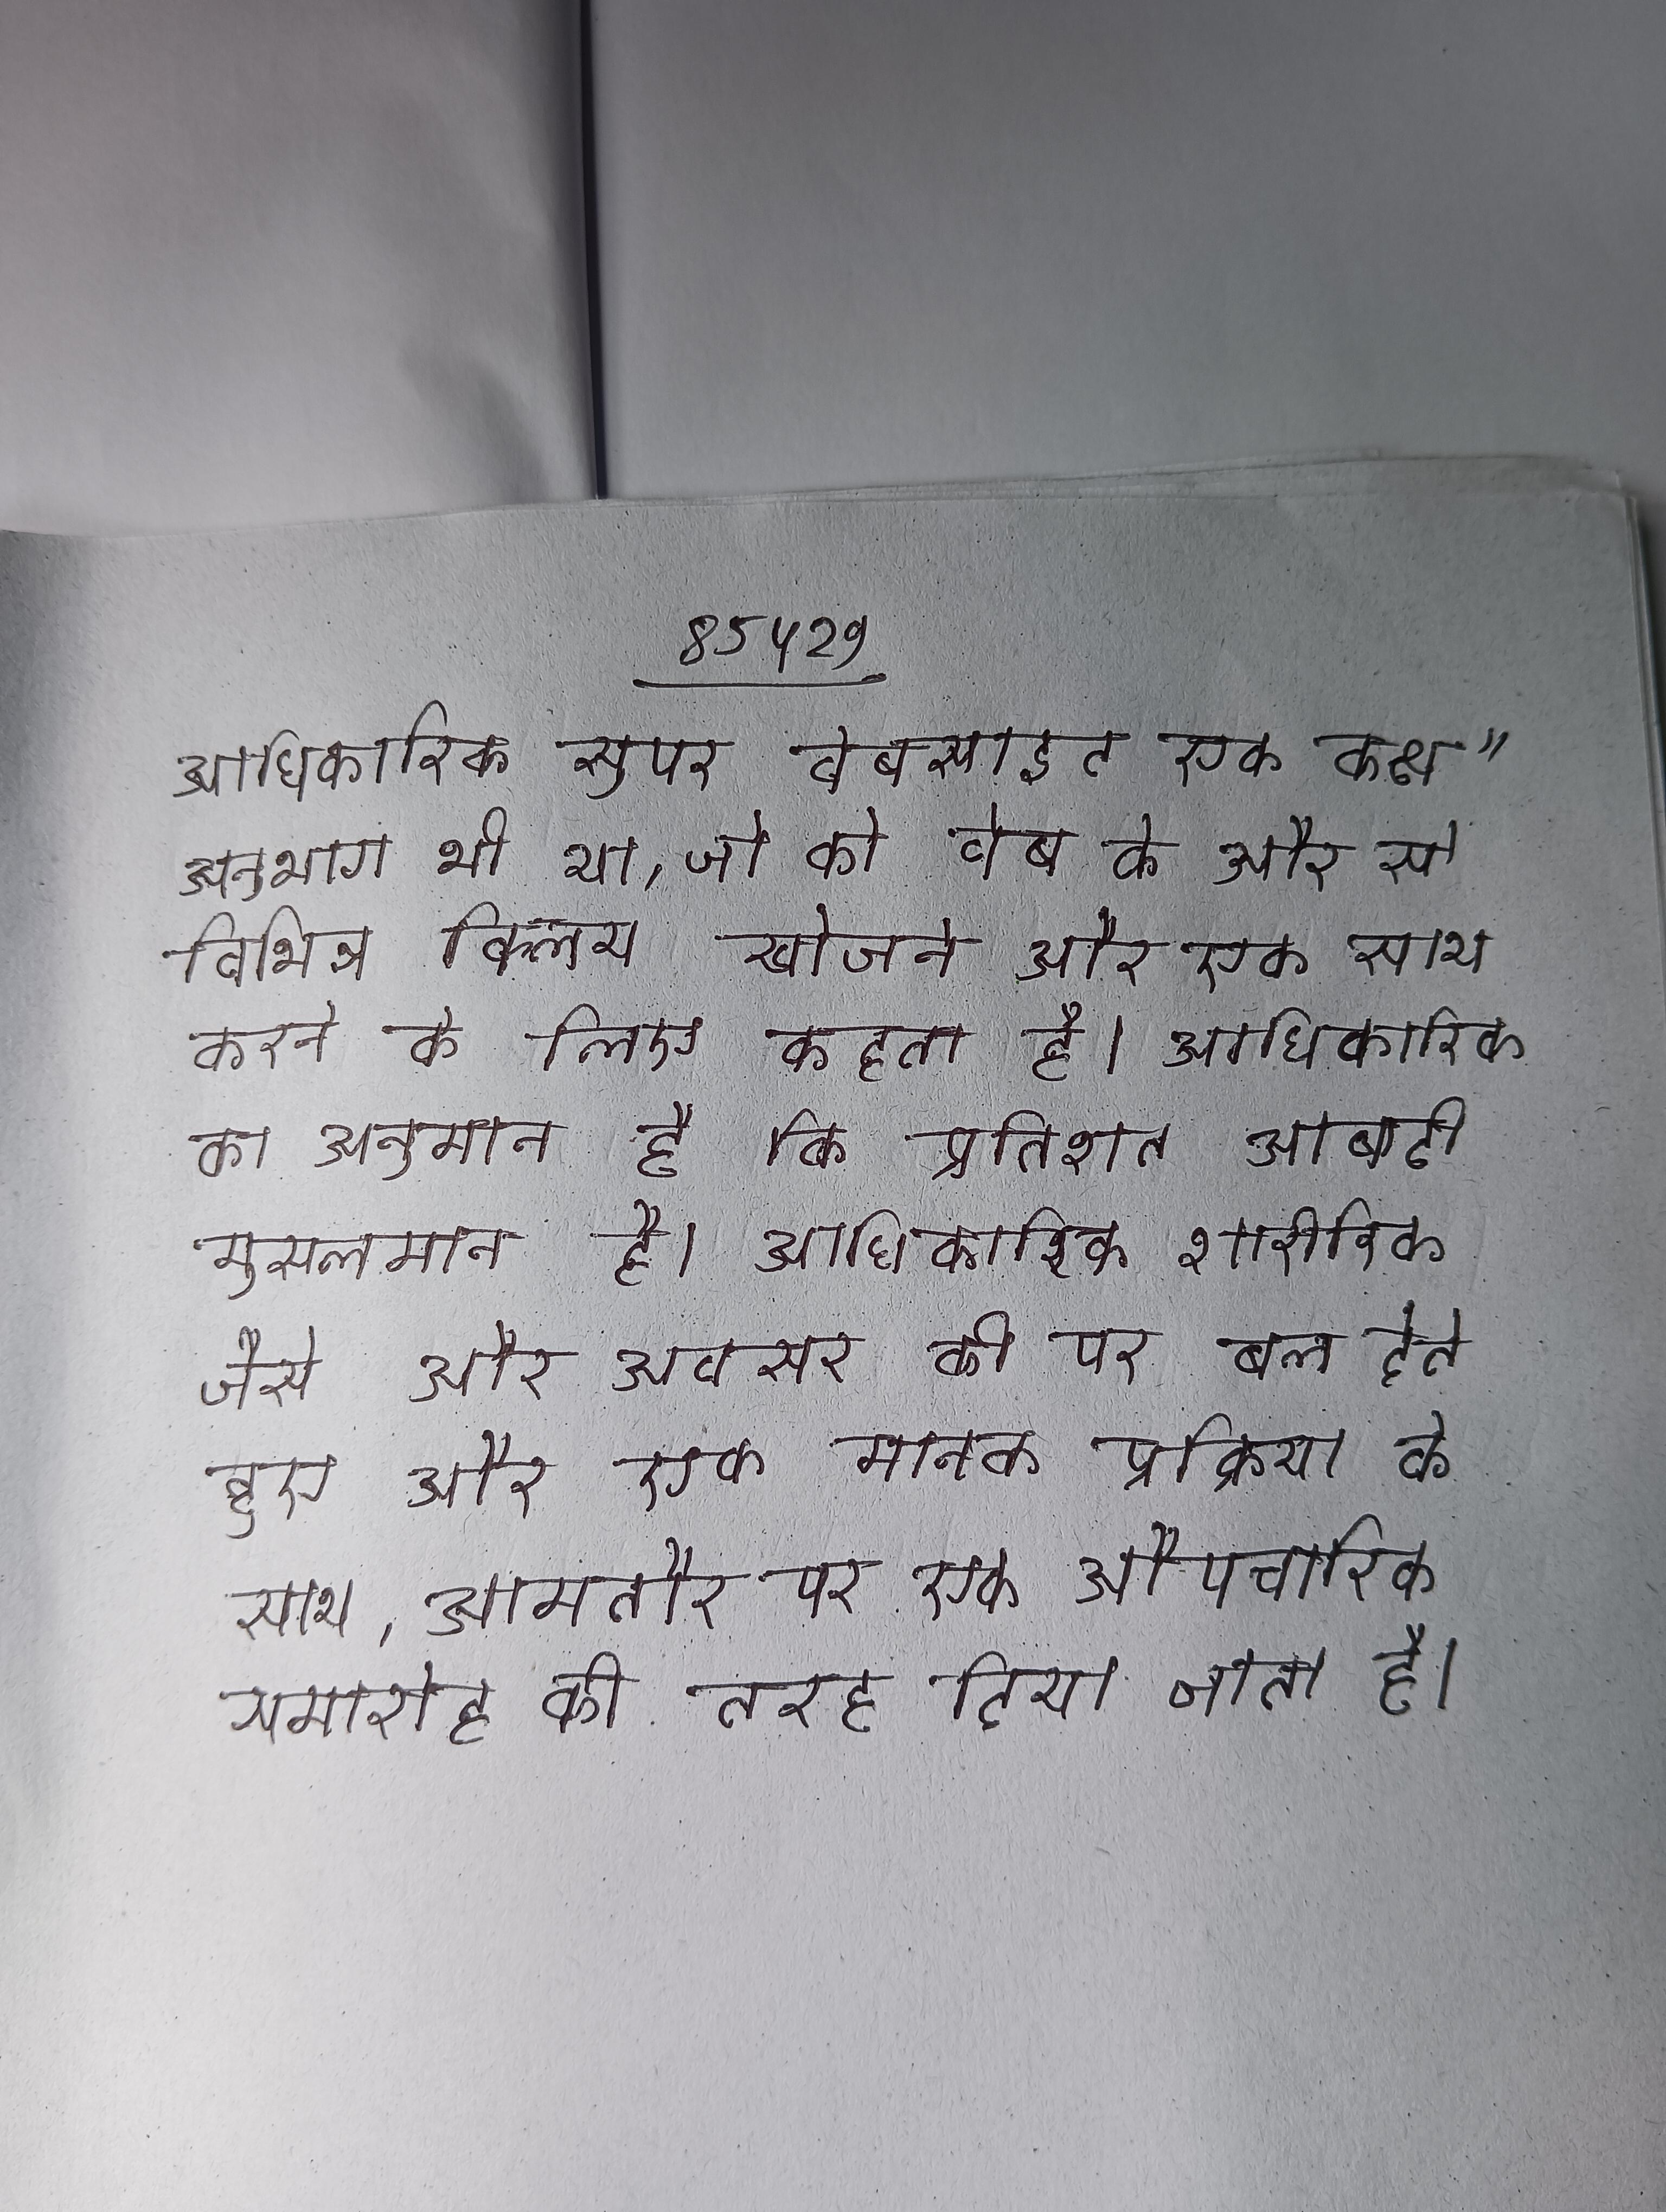
आधिकारिक सुपर वेबसाइट एक कक्ष" अनुभाग भी था, जो को वेब के ओर से विभिन्न क्लिप खोजने और एक साथ करने के लिए कहता है । आधिकारिक का अनुमान है कि प्रतिशत आबादी मुसलमान है । आधिकारिक शारीरिक जैसे और अवसर की पर बल देते हुए और एक मानक प्रक्रिया के साथ, आमतौर पर एक औपचारिक समारोह की तरह दिया जाता है ।